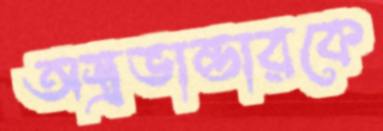
অস্ত্রভান্ডারকে